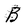
Character: B